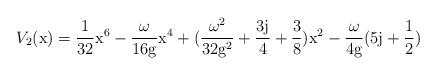
LaTeX: \begin{align*}V_2(\rm x) = \frac{1}{32} \rm x^6 - \frac{\omega}{16\rm g} \rm x^4 +(\frac{\omega^2}{32\rm g^2} + \frac{3j}{4} + \frac{3}{8}) \rm x^2 -\frac{\omega}{4\rm g} (5 j+\frac{1}{2})\end{align*}